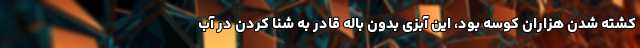
کشته شدن هزاران کوسه بود، این آبزی بدون باله قادر به شنا کردن در آب